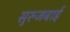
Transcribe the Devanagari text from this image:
सुरुजबाई